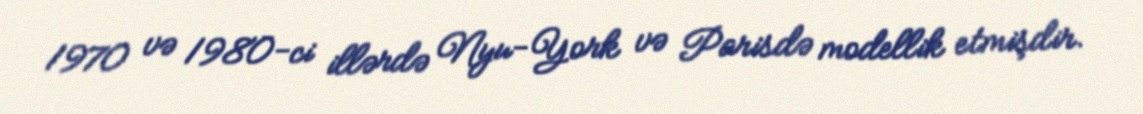
1970 və 1980-ci illərdə Nyu-York və Parisdə modellik etmişdir.